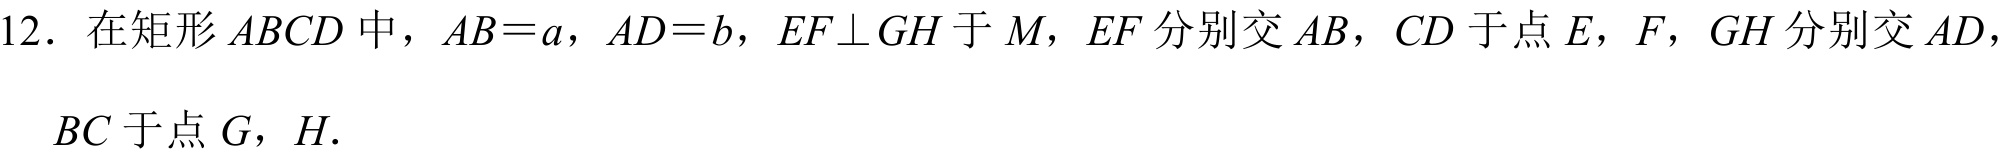
12. 在矩形 \(ABCD\) 中，\(AB = a\)，\(AD = b\)，\(EF\perp GH\) 于 \(M\)，\(EF\) 分别交 \(AB\)，\(CD\) 于点 \(E\)，\(F\)，\(GH\) 分别交 \(AD\)，\(BC\) 于点 \(G\)，\(H\).